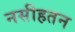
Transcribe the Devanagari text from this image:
नसीहतन